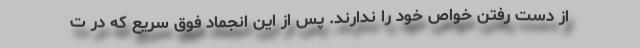
از دست رفتن خواص خود را ندارند. پس از این انجماد فوق سریع که در ت